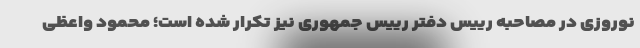
نوروزی در مصاحبه رییس دفتر رییس جمهوری نیز تکرار شده است؛ محمود واعظی